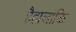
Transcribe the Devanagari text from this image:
हैहालांकि